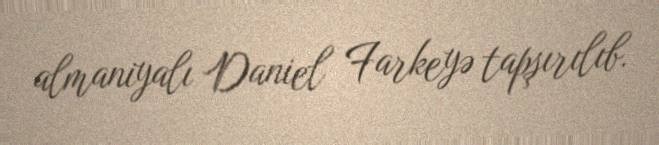
almaniyalı Daniel Farkeyə tapşırılıb.